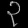
Digit: ၃